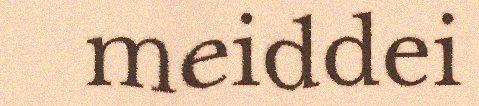
meiddei